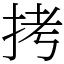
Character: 拷